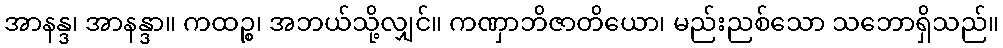
အာနန္ဒ၊ အာနန္ဒာ။ ကထဉ္စ၊ အဘယ်သို့လျှင်။ ကဏှာဘိဇာတိယော၊ မည်းညစ်သော သဘောရှိသည်။